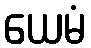
ယေမံ